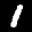
Label: 1